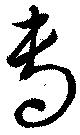
專